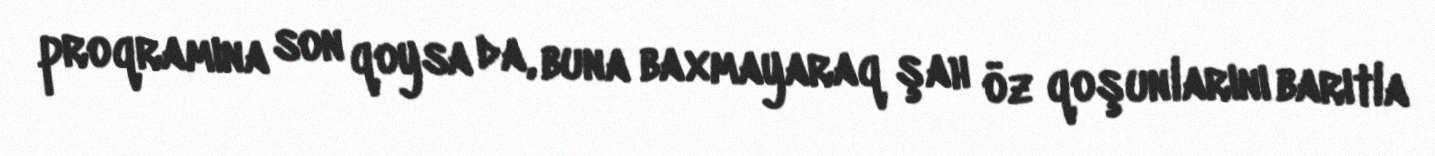
proqramına son qoysa da, buna baxmayaraq şah öz qoşunlarını barıtla